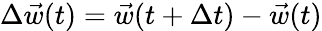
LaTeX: \Delta\vec{w}(t)=\vec{w}(t+\Delta t)-\vec{w}(t)